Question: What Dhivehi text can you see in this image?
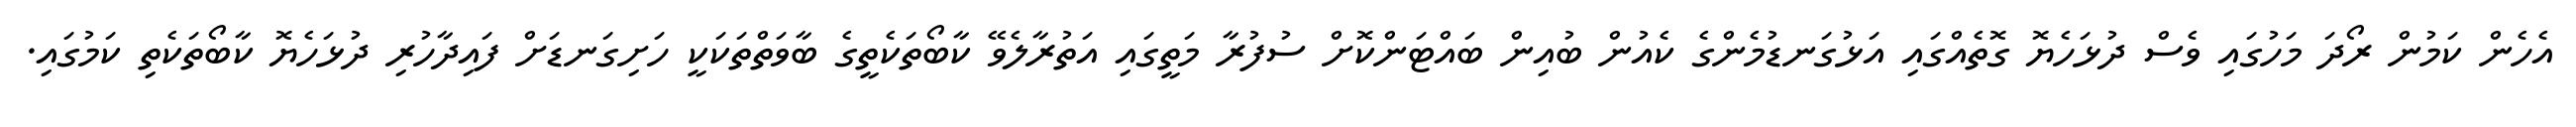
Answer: އެހެން ކަމުން ރޯދަ މަހުގައި ވެސް ދުޅަހެޔޮ ގޮތެއްގައި އަޅުގަނޑުމެންގެ ކެއުން ބުއިން ބައްޓަންކޮށް ސުފުރާ މަތީގައި އަތުރާލެވޭ ކާބޯތަކެތީގެ ބާވަތްތަކަކީ ހަށިގަނޑަށް ފައިދާހުރި ދުޅަހެޔޮ ކާބޯތަކެތި ކަމުގައި.